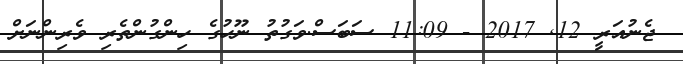
ޖެނުއަރީ 12